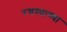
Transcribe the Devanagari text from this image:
रचण्याच्या